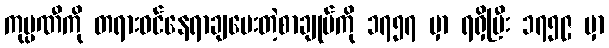
ကုမ္ပဏီကို တရားဝင်နေရာချပေးတဲ့စာချုပ်ကို ၁၇၅၇ မှာ ရရှိပြီး ၁၇၅၉ မှာ